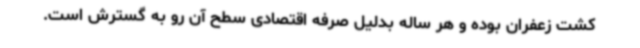
کشت زعفران بوده و هر ساله بدلیل صرفه اقتصادی سطح آن رو به گسترش است.